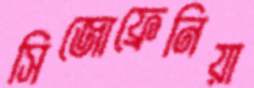
সিজোফ্রেনিয়া